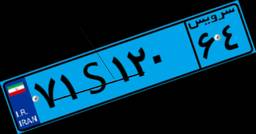
۷۱S۱۲۰۶۴